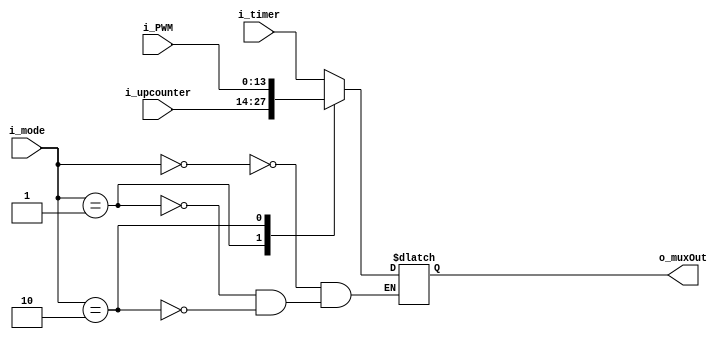
`timescale 1ns / 1ps

module MUX(
    input [1:0]i_mode,
    input [13:0] i_timer,
    input [13:0] i_upcounter,
    input [13:0] i_PWM,
    output [13:0] o_muxOut
    );

    reg [13:0] r_muxOut;

    assign o_muxOut = r_muxOut;

    always @(i_mode) begin
        case (i_mode)
            0 : r_muxOut <= i_timer;
            1 : r_muxOut <= i_upcounter;
            2 : r_muxOut <= i_PWM;
        endcase
    end
endmodule